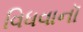
વિધવાનૉ